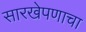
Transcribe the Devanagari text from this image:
सारखेपणाचा